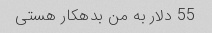
55 دلار به من بدهکار هستی